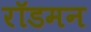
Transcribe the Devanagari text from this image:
रॉडमन